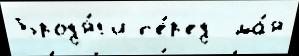
Брод'я́г'и п'е́р'ед  ма́я